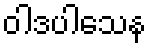
ဝါဒပါသေန